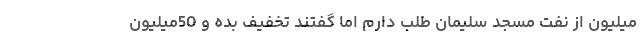
میلیون از نفت مسجد سلیمان طلب دارم اما گفتند تخفیف بده و 50میلیون